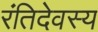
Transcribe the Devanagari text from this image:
रंतिदेवस्य